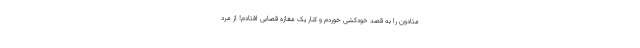
متادون را به قصد خودکشی خوردم و کنار یک مغازه قصابی افتادم! از مرد